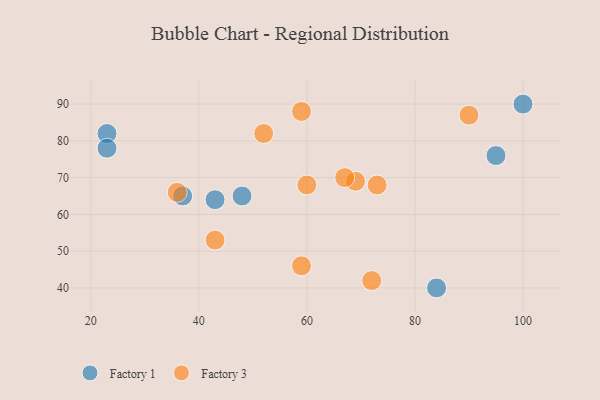
{"axis": {"x": "GDP", "y": "Life Expectancy"}, "legend": ["Factory 1", "Factory 3"], "data": [{"x": "37", "y": 65, "type": "Factory 1"}, {"x": "84", "y": 40, "type": "Factory 1"}, {"x": "23", "y": 82, "type": "Factory 1"}, {"x": "23", "y": 78, "type": "Factory 1"}, {"x": "95", "y": 76, "type": "Factory 1"}, {"x": "43", "y": 64, "type": "Factory 1"}, {"x": "48", "y": 65, "type": "Factory 1"}, {"x": "100", "y": 90, "type": "Factory 1"}, {"x": "59", "y": 46, "type": "Factory 3"}, {"x": "73", "y": 68, "type": "Factory 3"}, {"x": "60", "y": 68, "type": "Factory 3"}, {"x": "59", "y": 88, "type": "Factory 3"}, {"x": "69", "y": 69, "type": "Factory 3"}, {"x": "52", "y": 82, "type": "Factory 3"}, {"x": "43", "y": 53, "type": "Factory 3"}, {"x": "72", "y": 42, "type": "Factory 3"}, {"x": "90", "y": 87, "type": "Factory 3"}, {"x": "36", "y": 66, "type": "Factory 3"}, {"x": "67", "y": 70, "type": "Factory 3"}]}